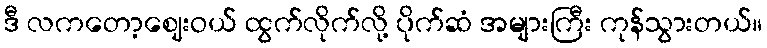
ဒီ လကတော့ဈေးဝယ် ထွက်လိုက်လို့ ပိုက်ဆံ အများကြီး ကုန်သွားတယ်။